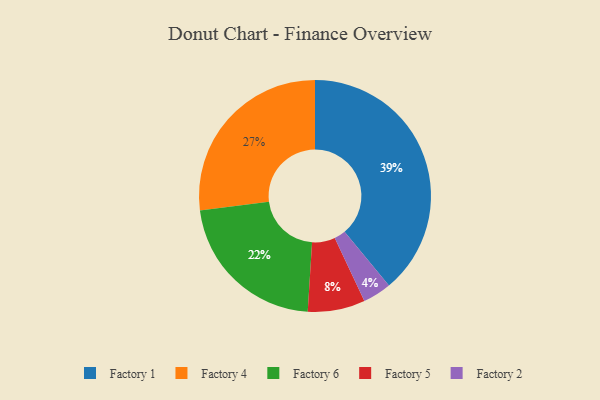
{"axis": {"x": "Category", "y": "Percentage"}, "legend": ["Factory 1", "Factory 2", "Factory 4", "Factory 5", "Factory 6"], "data": [{"x": "Factory 6", "y": 22, "type": "Factory 6"}, {"x": "Factory 4", "y": 27, "type": "Factory 4"}, {"x": "Factory 5", "y": 8, "type": "Factory 5"}, {"x": "Factory 2", "y": 4, "type": "Factory 2"}, {"x": "Factory 1", "y": 39, "type": "Factory 1"}]}